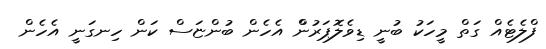
ފްލެޓެއް ގަތް މީހަކު ބުނީ ޑިވެލޮޕަރުންް އެހެން ބުންޏަސް ކަން ހިނގަނީ އެހެން